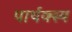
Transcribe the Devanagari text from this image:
पार्थक्स्य